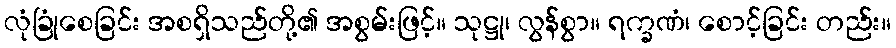
လုံခြုံစေခြင်း အစရှိသည်တို့၏ အစွမ်းဖြင့်။ သုဋ္ဌု၊ လွန်စွာ။ ရက္ခဏံ၊ စောင့်ခြင်း တည်း။